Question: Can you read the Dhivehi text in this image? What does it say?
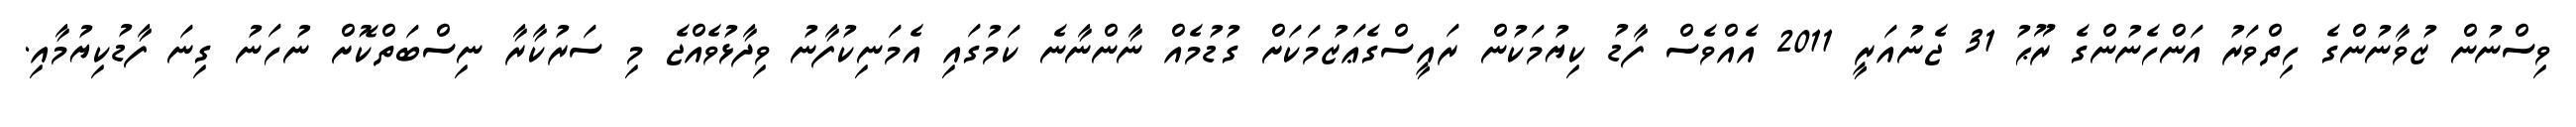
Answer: ވިސްނުން ޒުވާނުންގެ ހިތްވަރު އަންހެނުންގެ ރޫޙު 31 ޖެނުއަރީ 2011 އެއްވެސް ފާޑު ކިޔުމަކުން ރައީސްގެޢަޒުމަކަށް ގުޑުމެއް ނާންނާނެ ކަމުގައި އެމަނިކުފާނު ވިދާޅުވެއްޖެ މި ސަރުކާރާ ނިސްބަތްކޮށް ނުހަނު ގިނަ ފާޑުކިޔުމާއި.